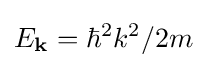
E_{\mathbf {k} }=\hbar ^{2}k^{2}/2m